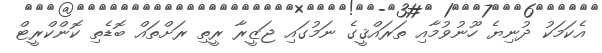
އެކަމަކު ދުނިޔެ ހޫނުވުމާއި ތަރައްޤީގެ ނަމުގައި ޖަޒީރާ ރީތި ރަށްތައް ބޮޑެތި ކޮންކްރީޓް